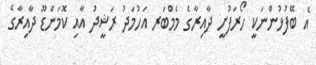
އެ ބޭފުޅުންނަކީ ހޯރަފުށީ ދާއިރާގެ މެމްބަރ އަހުމަދު ރަޝީދު އާއި ކޮމަންޑޫ ދާއިރާގެ